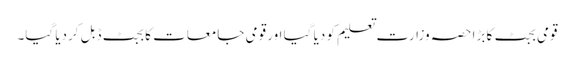
قومی بجٹ کا بڑا حصہ وزارت تعلیم کو دیا گیا اور قومی جامعات کا بجٹ ڈبل کردیا گیا۔